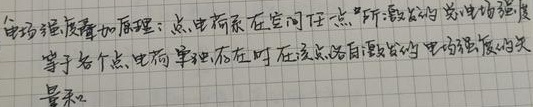
电场强度叠加原理：点电荷系在空间任一点所激发的总电场强度等于各个点电荷单独存在时在该点所激发的电场强度的矢量和。